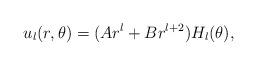
LaTeX: \begin{align*}u_l(r,\theta)=(A r^l+B r^{l+2})H_l(\theta),\end{align*}